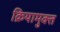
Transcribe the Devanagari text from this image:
क्रियामुक्त